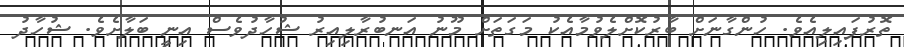
ތޮރުފައިލިއެވެ. ހުންގާނަށް ބާރުކޮށްލެވުމާއެކު މަގަތަށް މޫނު އަނބުރާލިއިރު ޝުހާދުވެސް އިނީ ބަލާށެވެ. ޝުހާދު